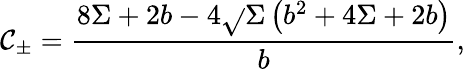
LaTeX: \mathcal{C}_{\pm}=\frac{{8\Sigma+2b-4\sqrt{}{{\Sigma\left(b^{2}+4\Sigma+2b\right)}}}}{{b}},